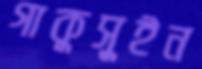
গাকুসুইন